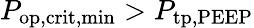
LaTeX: P_{\mathrm{op,crit,min}}>P_{\mathrm{tp,PEEP}}